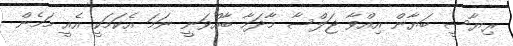
ރިޔާސީ ބަޔާން އިއްވާ ޖަލްސާ މާދަމާ ބާއްވަނީ ނަމަ އެކަމަކީ އެއީ މަމެން